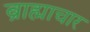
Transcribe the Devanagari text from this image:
ब्राह्माचार